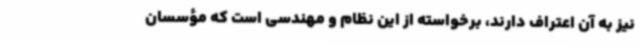
نیز به آن اعتراف دارند، برخواسته از این نظام و مهندسی است که مؤسسان